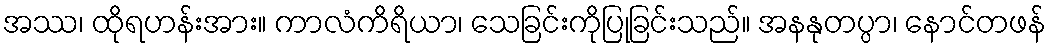
အဿ၊ ထိုရဟန်းအား။ ကာလံကိရိယာ၊ သေခြင်းကိုပြုခြင်းသည်။ အနနုတပ္ပာ၊ နောင်တဖန်